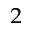
^ 2